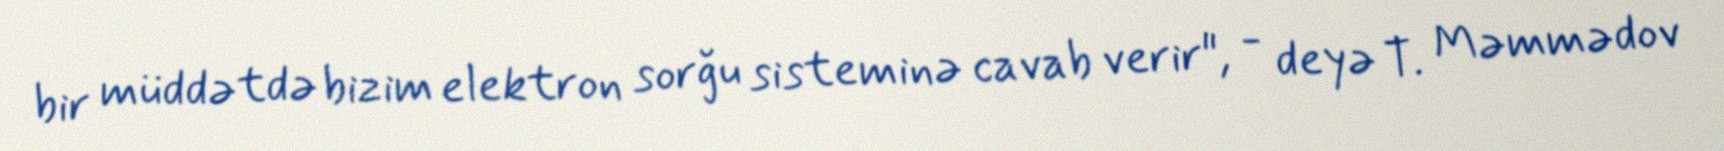
bir müddətdə bizim elektron sorğu sisteminə cavab verir", - deyə T. Məmmədov